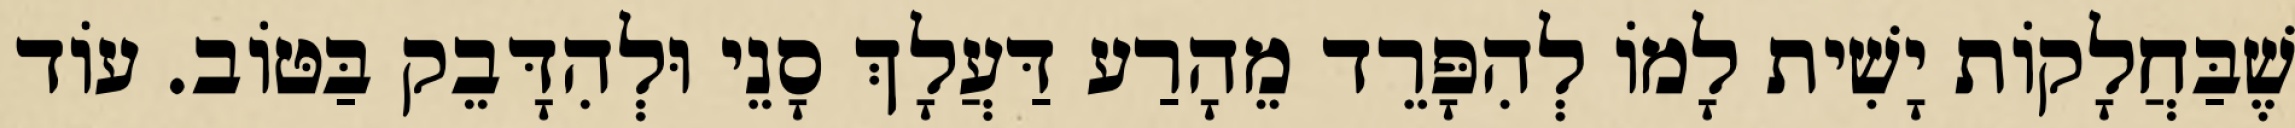
שֶׁבַּחֲלָקוֹת יָשִׁית לָמוֹ לְהִפָּרֵד מֵהָרַע דַּעֲלָךְ סָנֵי וּלְהִדָּבֵק בַּטּוֹב. עוֹד